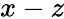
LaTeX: x-z